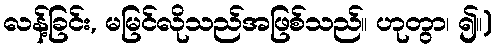
လန့်ခြင်း, မမြင်လိုသည်အဖြစ်သည်။ ဟုတွာ၊ ၍။)